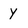
Character: Y